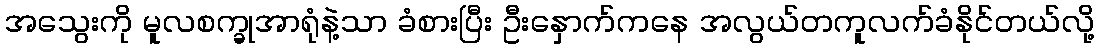
အသွေးကို မူလစက္ခုအာရုံနဲ့သာ ခံစားပြီး ဦးနှောက်ကနေ အလွယ်တကူလက်ခံနိုင်တယ်လို့